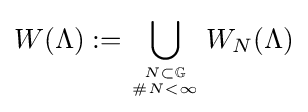
W(\Lambda ):=\bigcup _{N\subset \mathbb {G}  \atop \#N<\infty }W_{N}(\Lambda )